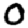
Digit: 0